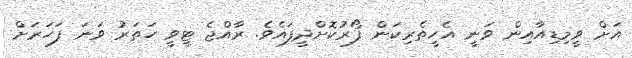
އަށް ވީމިޑިއާއިން ވަނީ އެހީތެރިކަން ފޯރުކޮށްދީފައެވެ. ރާއްޖެ ޓީވީ ހަތަރު ވަނަ ފަހަރަށް